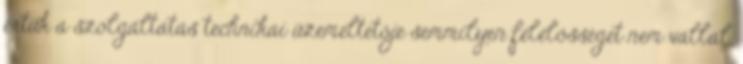
értük a szolgáltatás technikai üzemeltetője semmilyen felelősséget nem vállal,